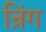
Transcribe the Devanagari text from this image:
न्रिंग